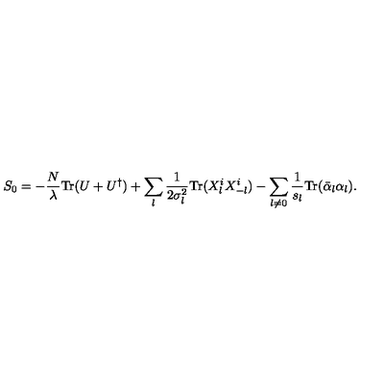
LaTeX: S _ { 0 } = - { \frac { N } { \lambda } } \mathrm { T r } ( U + U ^ { \dagger } ) + \sum _ { l } { \frac { 1 } { 2 \sigma _ { l } ^ { 2 } } } \mathrm { T r } ( X _ { l } ^ { i } X _ { - l } ^ { i } ) - \sum _ { l \not = 0 } { \frac { 1 } { s _ { l } } } \mathrm { T r } ( \bar { \alpha } _ { l } \alpha _ { l } ) .